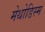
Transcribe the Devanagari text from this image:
मेथोडिस्म